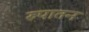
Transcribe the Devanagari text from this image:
रुपातन